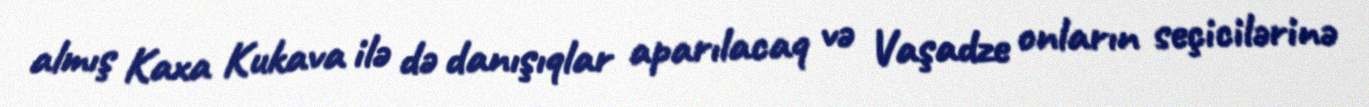
almış Kaxa Kukava ilə də danışıqlar aparılacaq və Vaşadze onların seçicilərinə